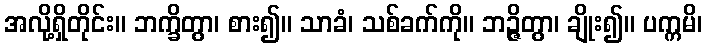
အလို့ရှိတိုင်း။ ဘက္ခိတွာ၊ စား၍။ သာခံ၊ သစ်ခက်ကို။ ဘဉ္ဇိတွာ၊ ချိုး၍။ ပက္ကမိ၊